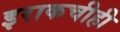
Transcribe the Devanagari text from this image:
इराकचीही